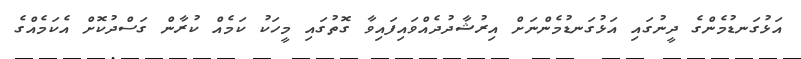
އަޅުގަނޑުމެންގެ ދީނުގައި އަޅުގަނޑުމެންނަށް އިރުޝާދުދެއްވައިފައިވާ ގޮތުގައި މީހަކު ކަމެއް ކުރާން ގަސްދުކޮށް އެކަމެއްގެ